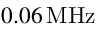
{ 0 . 0 6 } \, \mathrm { M H z }